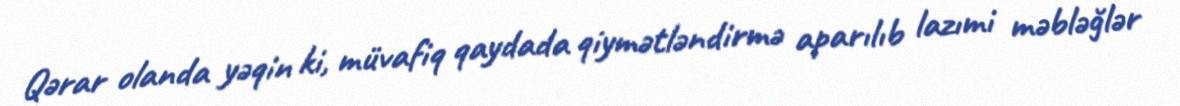
Qərar olanda yəqin ki, müvafiq qaydada qiymətləndirmə aparılıb lazımi məbləğlər